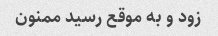
زود و به موقع رسید ممنون